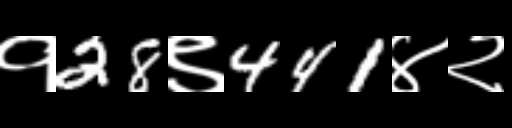
Text: १28९441४२